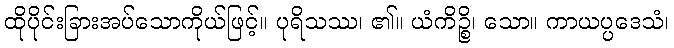
ထိုပိုင်းခြားအပ်သောကိုယ်ဖြင့်။ ပုရိသဿ၊ ၏။ ယံကိဉ္စိ၊ သော။ ကာယပ္ပဒေသံ၊